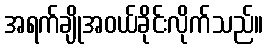
အရက်ချိုအဝယ်ခိုင်းလိုက်သည်။